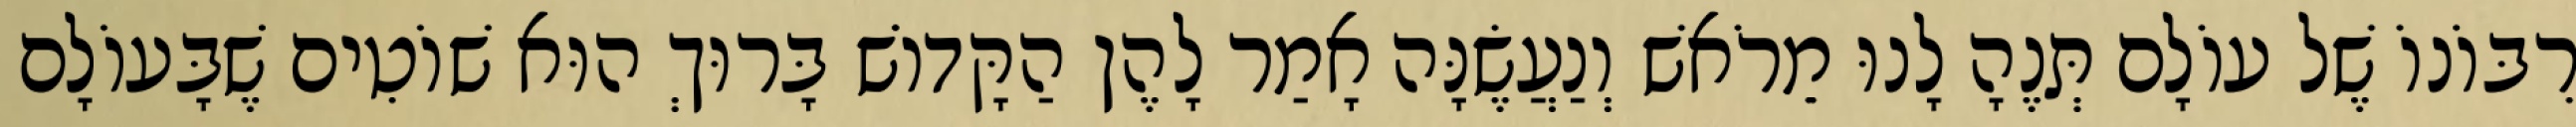
רִבּוֹנוֹ שֶׁל עוֹלָם תְּנֶהָ לָנוּ מֵרֹאשׁ וְנַעֲשֶׂנָּה אָמַר לָהֶן הַקָּדוֹשׁ בָּרוּךְ הוּא שׁוֹטִים שֶׁבָּעוֹלָם